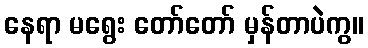
နေရာ မရွေး တော်တော် မှန်တာပဲကွ။